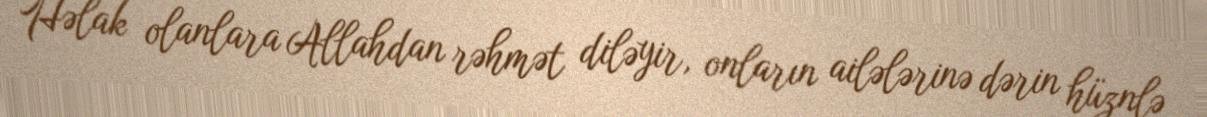
Həlak olanlara Allahdan rəhmət diləyir, onların ailələrinə dərin hüznlə